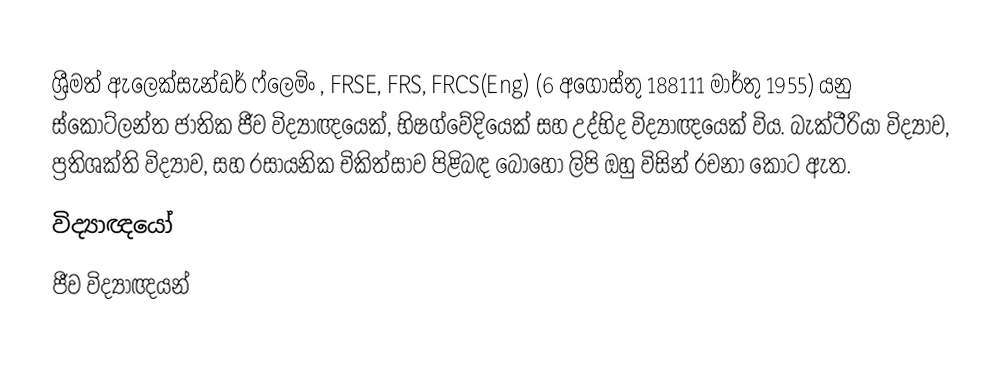
ශ්‍රීමත් ඇලෙක්සැන්ඩර් ෆ්ලෙමිං , FRSE, FRS, FRCS(Eng) (6 අගෝස්තු  188111 මාර්තු  1955) යනු  ස්කොට්ලන්ත ජාතික ජීව විද්‍යාඥයෙක්, භිෂග්වේදියෙක් සහ  උද්භිද විද්‍යාඥයෙක් විය. බැක්ටීරියා විද්‍යාව, ප්‍රතිශක්ති විද්‍යාව, සහ රසායනික චිකිත්සාව පිළිබඳ බොහෝ ලිපි ඔහු විසින් රචනා කොට ඇත.
විද්‍යාඥයෝ
ජීව විද්‍යාඥයන්